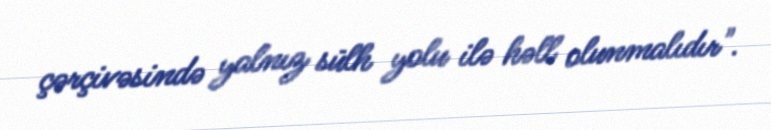
çərçivəsində yalnız sülh yolu ilə həll olunmalıdır".